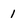
Character: 1